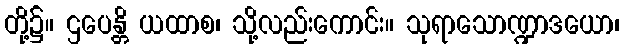
တို့၌။ ဌပေန္တိ ယထာစ၊ သို့လည်းကောင်း။ သုရာသောဏ္ဍာဒယော၊